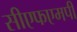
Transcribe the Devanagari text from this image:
सीएफएमपी